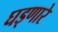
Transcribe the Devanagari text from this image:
घड्णारे